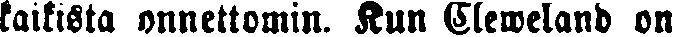
kaikista onnettomin. Kun Cleweland on